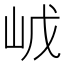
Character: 𡶙